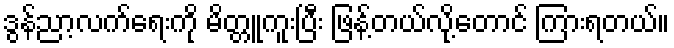
ဒွန်ညာ့လက်ရေးကို မိတ္တူကူးပြီး ဖြန့်တယ်လို့တောင် ကြားရတယ်။